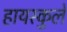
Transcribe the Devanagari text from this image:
हायस्कुले